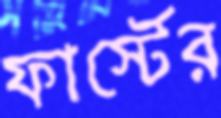
ফার্স্টের